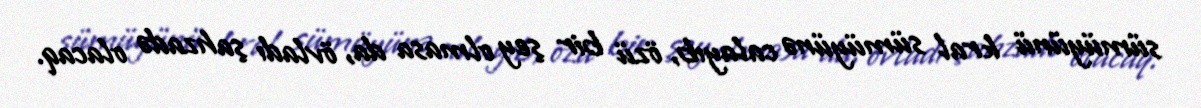
sümüyünü kral sümüyünə calayıb, özü bir şey olmasa da, övladı şahzadə olacaq.